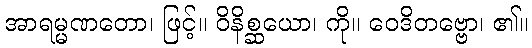
အာရမ္မဏတော၊ ဖြင့်။ ဝိနိစ္ဆယော၊ ကို။ ဝေဒိတဗ္ဗော၊ ၏။